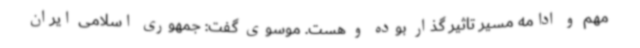
مهم و ادامه مسیر تاثیر گذار بوده و هست. موسوی گفت: جمهوری اسلامی ایران